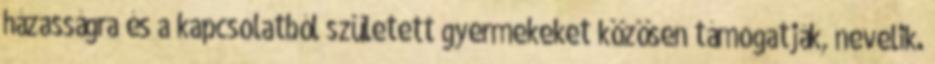
házasságra és a kapcsolatból született gyermekeket közösen támogatják, nevelik.